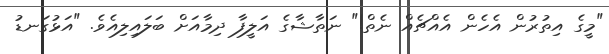
"މީގެ އިތުރުން އެހެން އެއްޗެއް ނެތް!" ނަތާޝާގެ އަލީފާ ދިމާއަށް ބަލައިލިއެވެ. "އަޅުގަނޑު